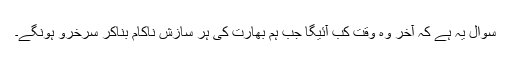
سوال یہ ہے کہ آخر وہ وقت کب آئیگا جب ہم بھارت کی ہر سازش ناکام بناکر سرخرو ہونگے۔